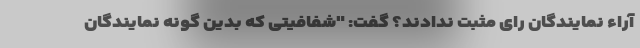
آراء نمایندگان رای مثبت ندادند؟ گفت: "شفافیتی که بدین گونه نمایندگان